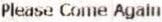
PLEASE COME AGAIN